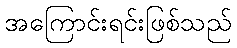
အကြောင်းရင်းဖြစ်သည်